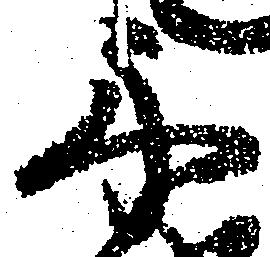
舟